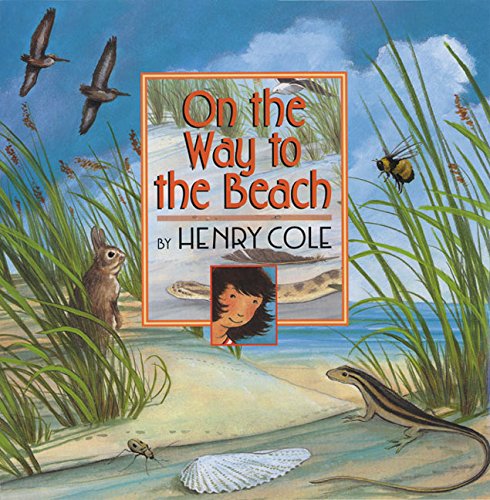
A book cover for On the Way to the Beach; Henry Cole; Children's Books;